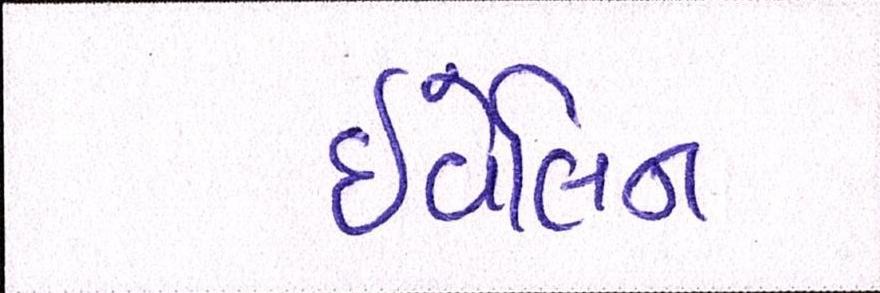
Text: ઇવેલિન